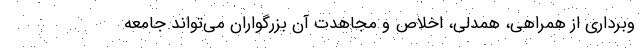
وبرداری از همراهی، همدلی، اخلاص و مجاهدت آن بزرگواران می‌تواند جامعه